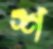
শ